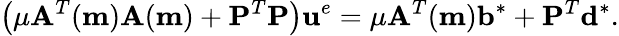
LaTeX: \left(\mu\mathbf{A}^{T}(\mathbf{m})\mathbf{A}(\mathbf{m})+\mathbf{P}^{T}\mathbf{P}\right)\mathbf{u}^{e}=\mu\mathbf{A}^{T}(\mathbf{m})\mathbf{b}^{*}+\mathbf{P}^{T}\mathbf{d}^{*}.